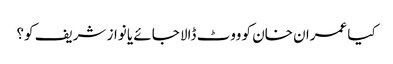
کیا عمران خان کو ووٹ ڈالا جائے یا نواز شریف کو؟